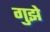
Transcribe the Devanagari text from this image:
गुझे